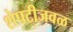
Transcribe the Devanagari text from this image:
शेपटीजवळ